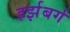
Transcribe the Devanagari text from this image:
हर्झबर्ग